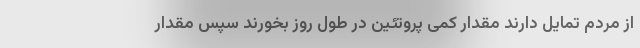
از مردم تمایل دارند مقدار کمی پروتئین در طول روز بخورند سپس مقدار